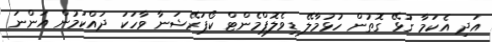
އަދި އެކަމާ ގުޅޭ ގޮތުން ހުޅުމާލޭ ޑިވެލޮޕްމެންޓް ކޯޕަރޭޝަނާ ވާހަކަ ދައްކަމުން އަންނަ